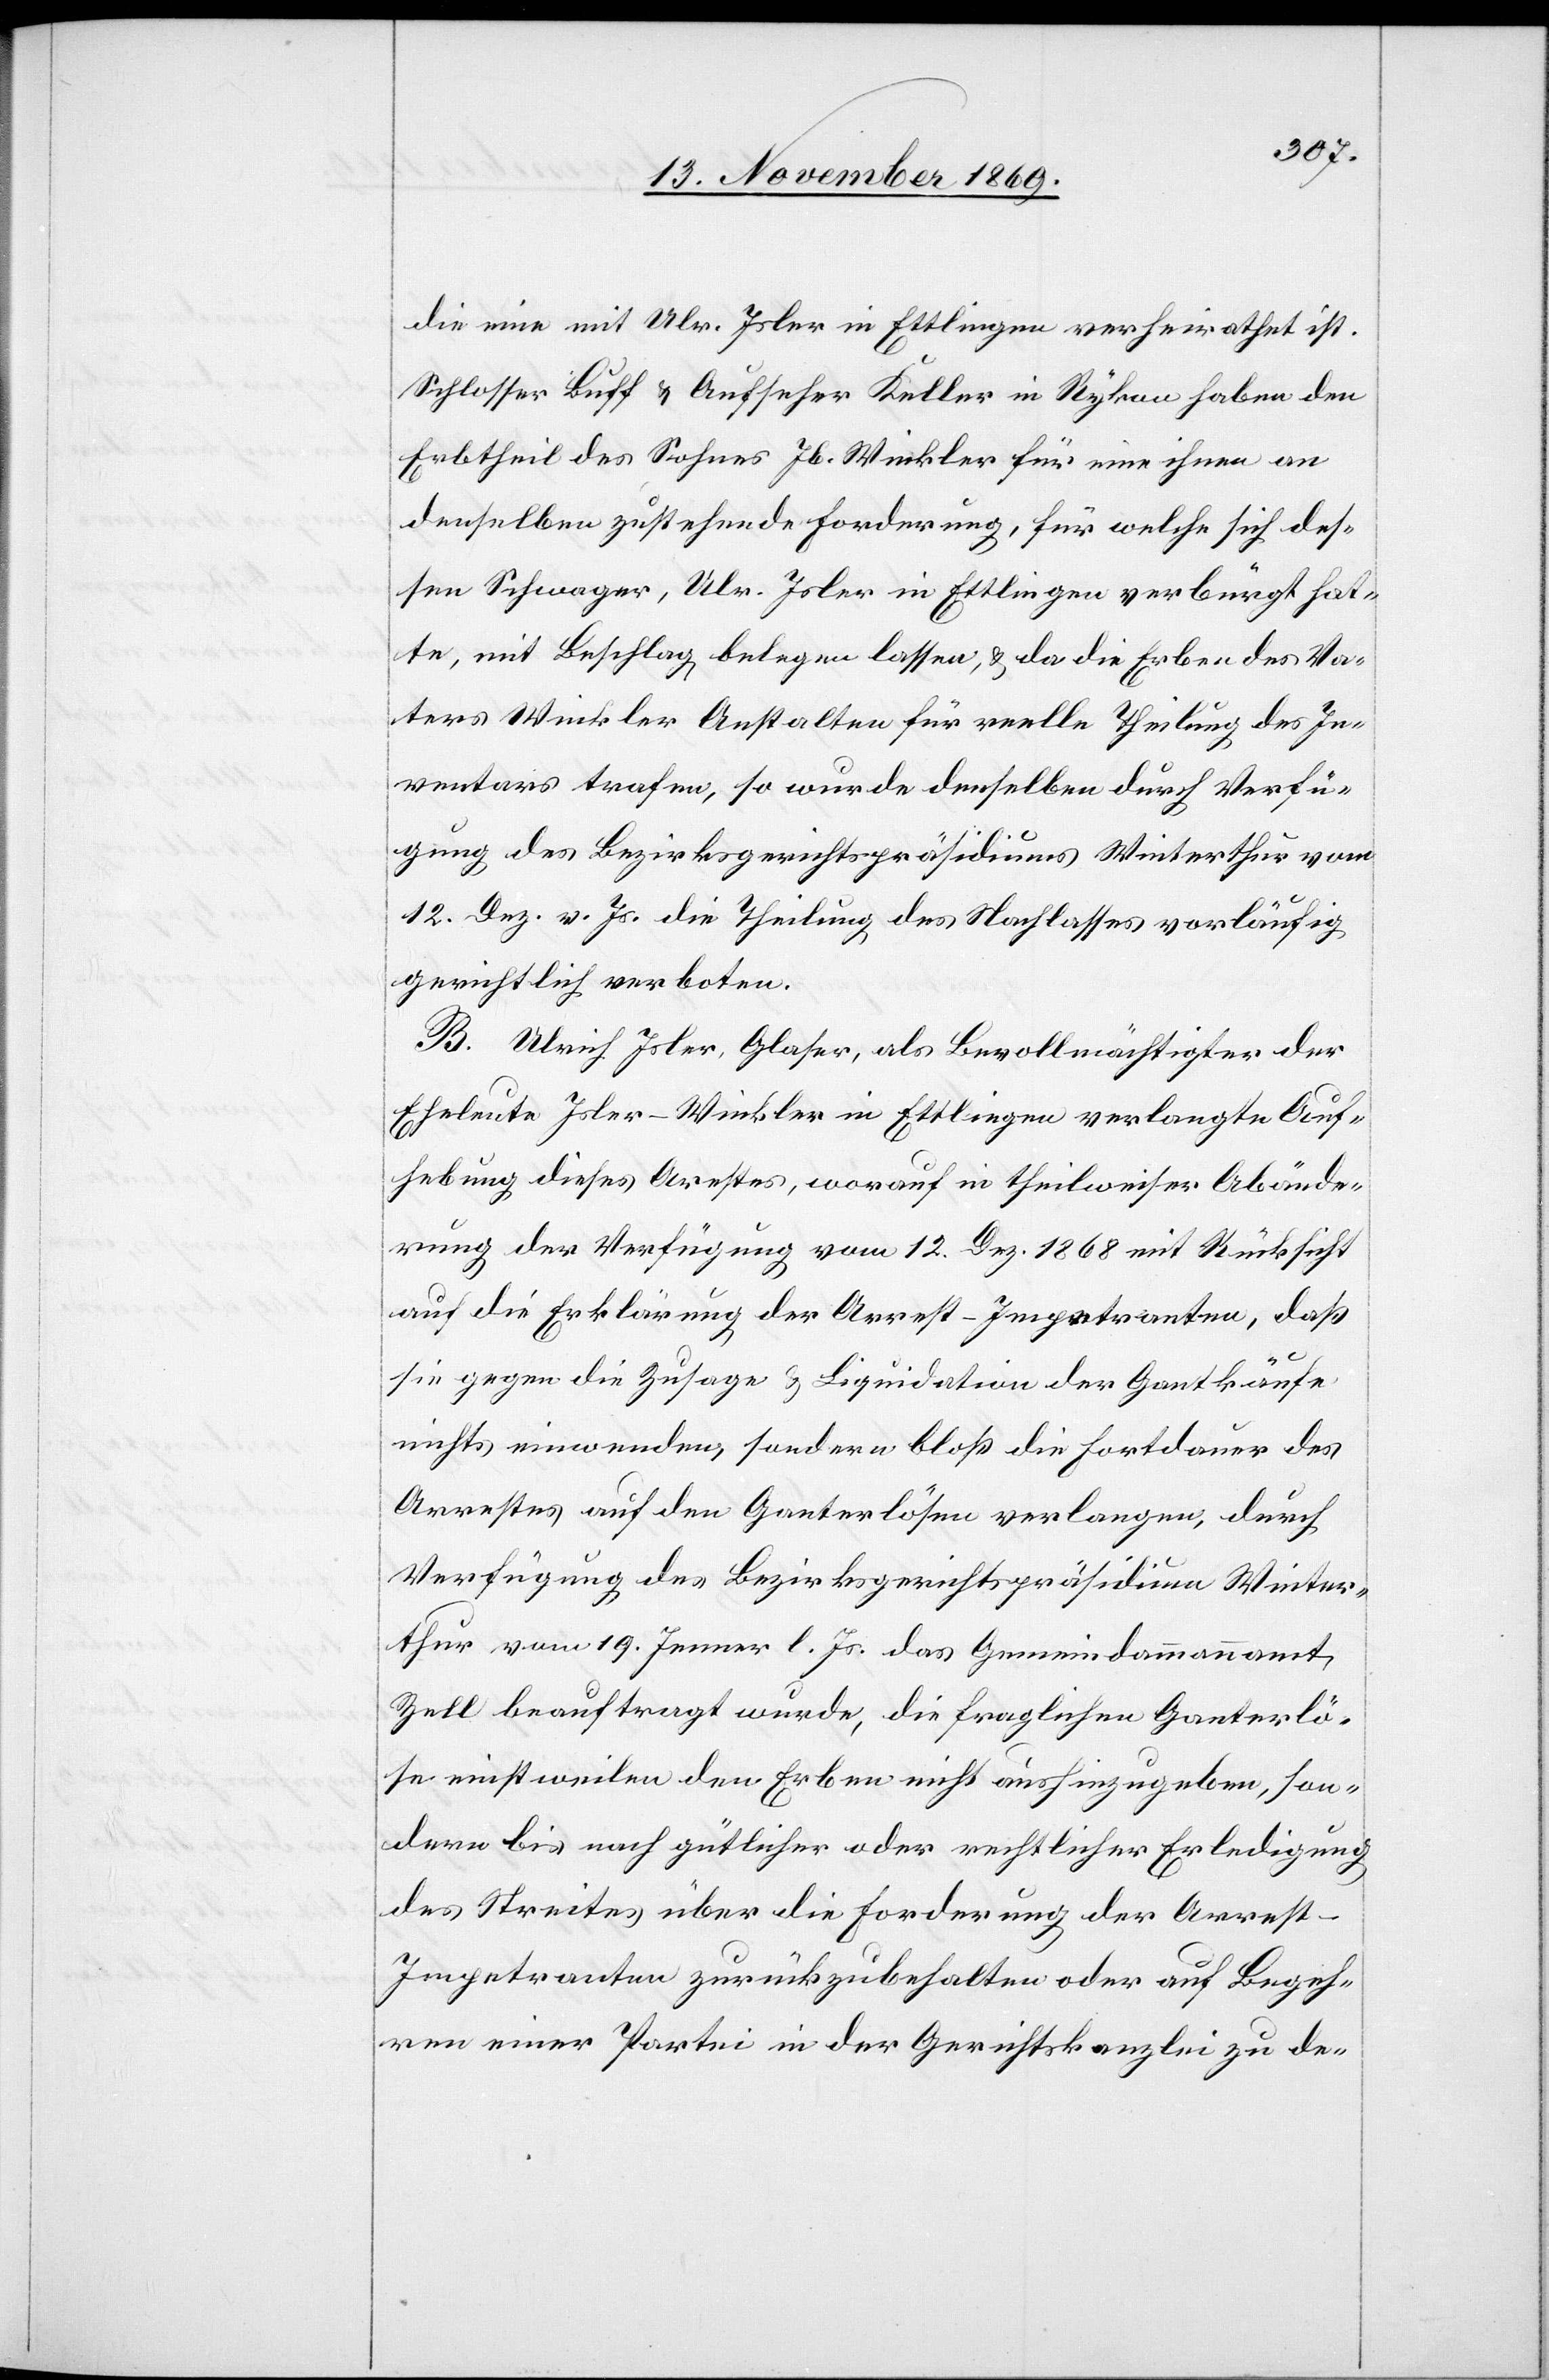
die eine mit Ulr. Isler in Ettlingen verheirathet ist.
Schlosser Buff & Aufseher Keller in Rykon haben den
Erbtheil des Sohnes Jb. Winkler für eine ihnen an
denselben zustehende Forderung, für welche sich des¬
sen Schwager, Ulr. Isler in Ettlingen verbürgt hat¬
te, mit Beschlag belegen lassen, & da die Erben des Va¬
ters Winkler Anstalten für reelle Theilung des In¬
ventars trafen, so wurde denselben durch Verfü¬
gung des Bezirksgerichtspräsidiums Winterthur vom
12. Dez. v. Js. die Theilung des Nachlasses vorläufig
gerichtlich verboten.
B. Ulrich Isler, Glaser, als Bevollmächtigter der
Eheleute Isler-Winkler in Ettlingen verlangte Auf¬
hebung dieses Ar[r]estes, worauf in theilweiser Abände¬
rung der Verfügung vom 12. Dez. 1868 mit Rücksicht
auf die Erklärung der Arrest-Impetranten, daß
sie gegen die Zusage & Liquidation der Gantkäufe
nichts einwenden, sondern bloß die Fortdauer des
Arrestes auf den Ganterlösen verlangen, durch
Verfügung des Bezirksgerichtspräsidium Winter¬
thur vom 19. Jenner l. Js. das Gemeindammannamt
Zell beauftragt wurde, die fraglichen Ganterlö¬
se einstweilen den Erben nicht aushinzugeben, son¬
dern bis nach gütlicher oder rechtlicher Erledigung
des Streites über die Forderung der Arrest-I¬
mpetranten zurückzubehalten oder auf Begeh¬
ren einer Partei in der Gerichtskanzlei zu de-